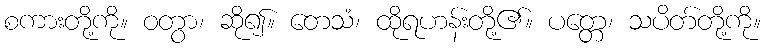
စကားတို့ကို။ ဝတွာ၊ ဆို၍။ တေသံ၊ ထိုရဟန်းတို့၏။ ပတ္တေ၊ သပိတ်တို့ကို။